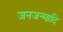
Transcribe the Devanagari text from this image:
जनजन्मादि